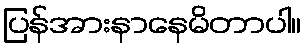
ပြန်အားနာနေမိတာပါ။